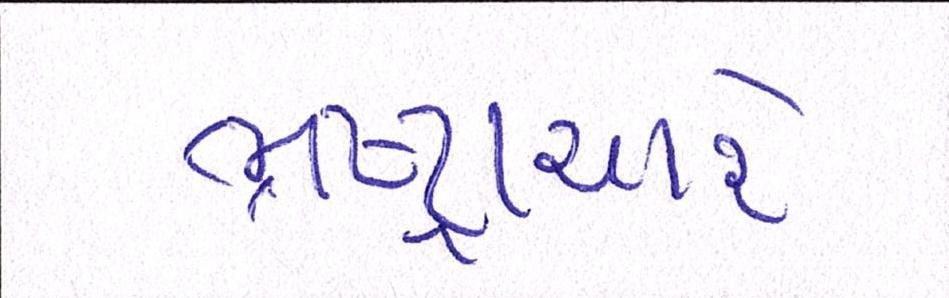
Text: ભ્રષ્ટ્રાચારે